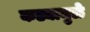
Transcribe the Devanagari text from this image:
कड्यामुळे